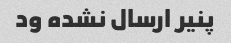
پنیر ارسال نشده ود